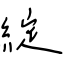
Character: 綻